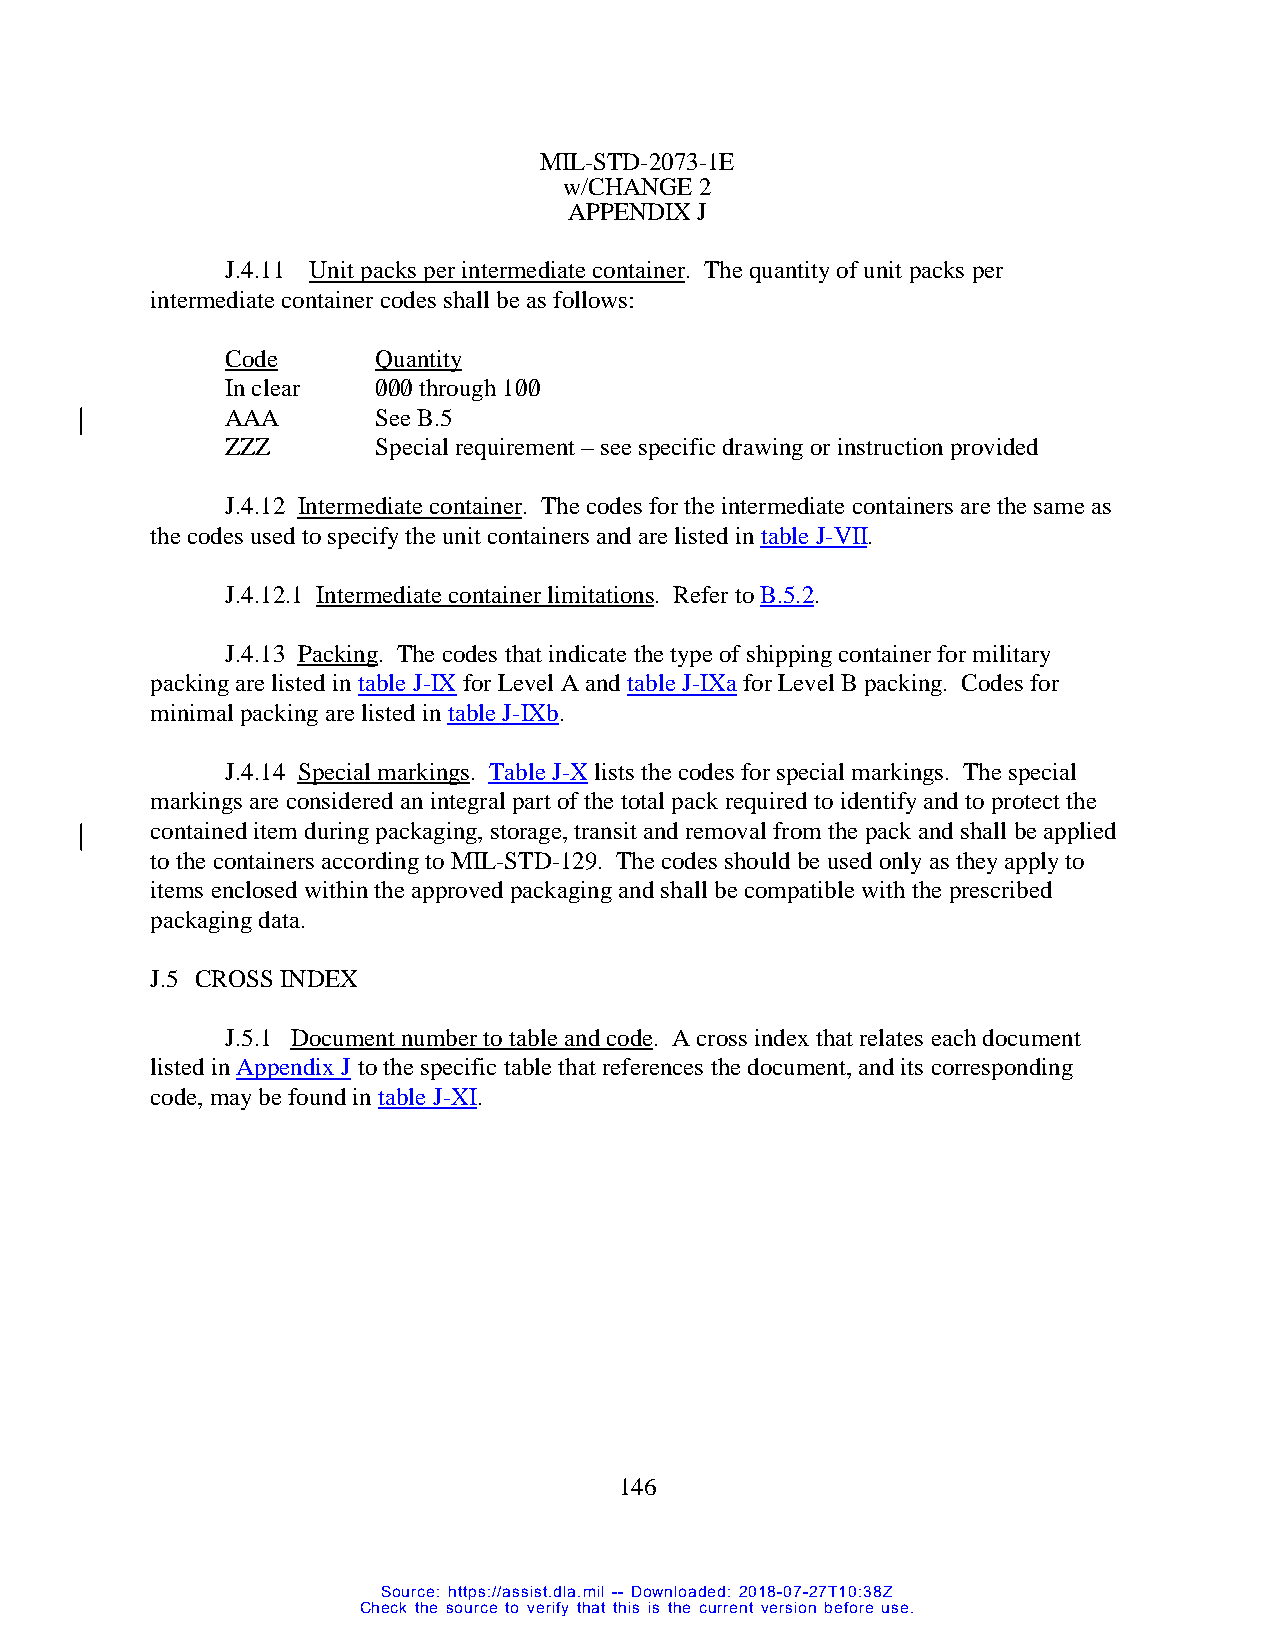
MIL-STD-2073-1E
 w/CHANGE 2
 APPENDIX J
 J.4.11 Unit packs per intermediate container. The quantity of unit packs per
 intermediate container codes shall be as follows:
 Code      Quantity
 In clear  0/0/0/ through 10/0/
 AAA       See B.5
 ZZZ       Special requirement – see specific drawing or instruction provided
 J.4.12 Intermediate container. The codes for the intermediate containers are the same as
 the codes used to specify the unit containers and are listed in table J-VII.
 J.4.12.1 Intermediate container limitations. Refer to B.5.2.
 J.4.13 Packing. The codes that indicate the type of shipping container for military
 packing are listed in table J-IX for Level A and table J-IXa for Level B packing. Codes for
 minimal packing are listed in table J-IXb.
 J.4.14 Special markings. Table J-X lists the codes for special markings. The special
 markings are considered an integral part of the total pack required to identify and to protect the
 contained item during packaging, storage, transit and removal from the pack and shall be applied
 to the containers according to MIL-STD-129. The codes should be used only as they apply to
 items enclosed within the approved packaging and shall be compatible with the prescribed
 packaging data.
 J.5 CROSS INDEX
 J.5.1 Document number to table and code. A cross index that relates each document
 listed in Appendix J to the specific table that references the document, and its corresponding
 code, may be found in table J-XI.
 146
 Source: https://assist.dla.mil -- Downloaded: 2018-07-27T10:38Z
 Check the source to verify that this is the current version before use.